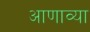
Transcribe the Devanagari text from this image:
आणाव्या